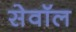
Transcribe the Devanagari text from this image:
सेवॉल